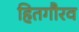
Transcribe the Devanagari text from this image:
हितगौरव